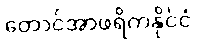
တောင်အာဖရိကနိုင်ငံ